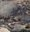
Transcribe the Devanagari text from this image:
जीवसिद्धि